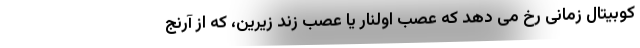
کوبیتال زمانی رخ می دهد که عصب اولنار یا عصب زند زیرین، که از آرنج